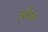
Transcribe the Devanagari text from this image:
हरीराय